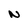
Character: N